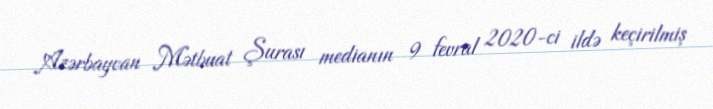
Azərbaycan Mətbuat Şurası medianın 9 fevral 2020-ci ildə keçirilmiş